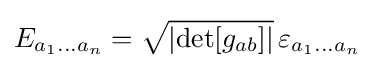
E_{a_{1}\dots a_{n}}={\sqrt {\left|\det[g_{ab}]\right|}}\,\varepsilon _{a_{1}\dots a_{n}}